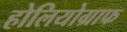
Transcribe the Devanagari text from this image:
होलियोग्राफ